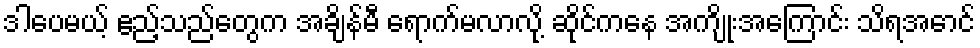
ဒါပေမယ့် ဧည့်သည်တွေက အချိန်မီ ရောက်မလာလို့ ဆိုင်ကနေ အကျိုးအကြောင်း သိရအောင်